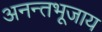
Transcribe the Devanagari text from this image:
अनन्तभूजाय